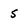
Character: 5